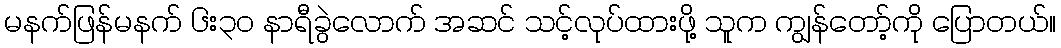
မနက်ဖြန်မနက် ၆း၃ဝ နာရီခွဲလောက် အဆင် သင့်လုပ်ထားဖို့ သူက ကျွန်တော့်ကို ပြောတယ်။